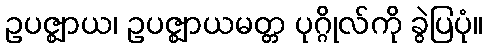
ဥပဇ္ဈာယ၊ ဥပဇ္ဈာယမတ္တ ပုဂ္ဂိုလ်ကို ခွဲပြပုံ။